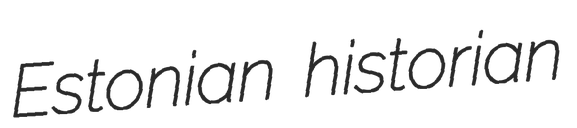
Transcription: Estonian historian